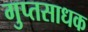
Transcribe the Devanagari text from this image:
गुप्तसाधक